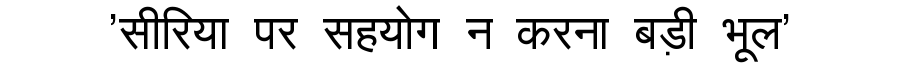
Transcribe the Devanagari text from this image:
'सीरिया पर सहयोग न करना बड़ी भूल'